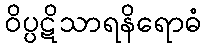
ဝိပ္ပဋိသာရနိရောဓံ